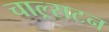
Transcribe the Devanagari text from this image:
चाल्र्सटन